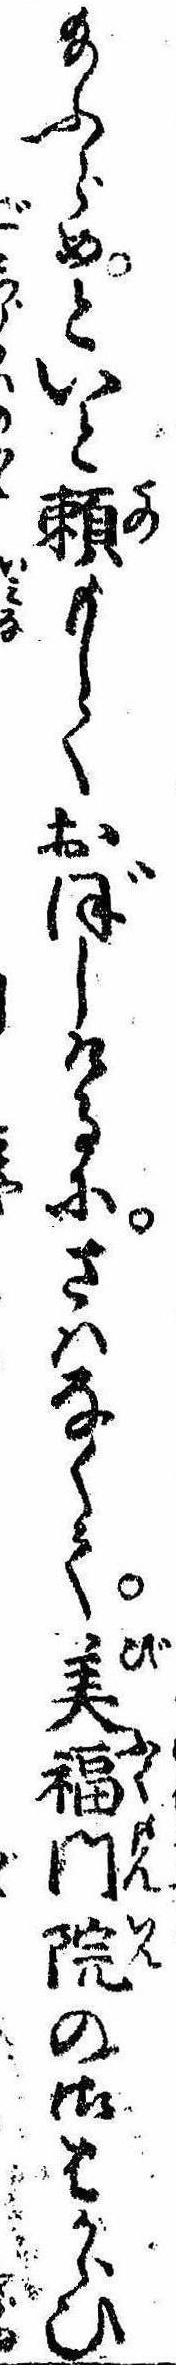
給ふらめといと頼もしくおぼしけるにさはなくて美福門院の御はからひ